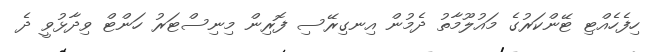
ހިފެހެއްޓި ޓޭންކަރުގެ މައުލޫމާތު ދެމުން އިނގިރޭސި ފޮރިން މިނިސްޓަރު ހަންޓް ވިދާޅުވީ ދެ